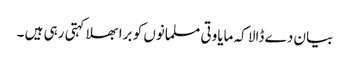
بیان دے ڈالا کہ مایاوتی مسلمانوں کو برا بھلا کہتی رہی ہیں ۔